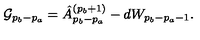
{ \cal G } _ { p _ { b } - p _ { a } } = \hat { A } _ { p _ { b } - p _ { a } } ^ { ( p _ { b } + 1 ) } - d W _ { p _ { b } - p _ { a } - 1 } .